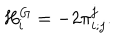
{ } H _ { i } ^ { G } = - 2 { \pi } _ { i ; j } ^ { j } .